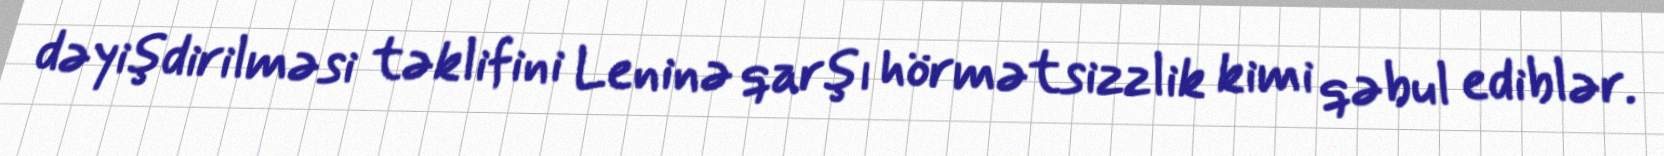
dəyişdirilməsi təklifini Leninə qarşı hörmətsizzlik kimi qəbul ediblər.